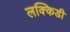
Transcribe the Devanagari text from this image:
लक्किडी